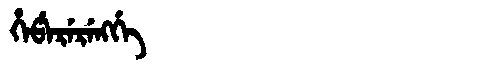
Manchu: ᡥᡝᡦᡝᡵᡝᡵᡝᠩᡤᡝ
Romanization: HEPERERENGGE